Lunatic asylums in Bengal annual reports 1888-1898 - 1888-1898
Year: 1888
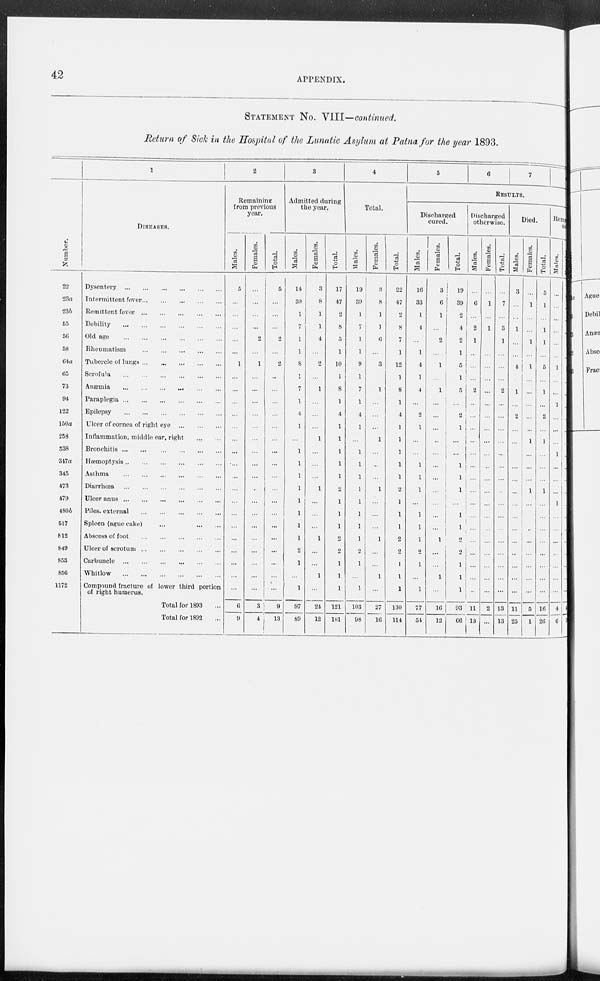
42
APPENDIX.
STATEMENT No. VIII—continued.
Return of Sick in the Hospital of the Lunatic Asylum at Patna for the year 1893.
Number.
22
23a
23b
55
56
58
64a
65
73
94
122
150a
258
338
317a
345
473
479
480b
517
812
849
853
856
1172
1
DISEASES.
Dysentery
...
...
...
...
...
...
Intermittent fever ... ... ... ... ...
Remittent fever
...
...
...
...
...
Debility
...
...
...
...
...
...
Old age
...
...
...
...
...
...
Rheumatism
...
...
...
...
...
Tubercle of lungs ... ... ... ... ...
Scrofula
...
...
...
...
...
...
Anæmia ... ... ... ... ... ...
Paraplegia
...
...
...
...
...
...
Epilepsy
...
...
...
...
...
...
Ulcer of cornea of right eye
...
...
...
Inflammation, middle ear, right
...
...
Bronchitis ... ... ... ... ... ...
Hæmoptysis
...
...
...
...
...
...
Asthma
...
...
...
...
...
...
Diarrhœa
...
...
...
...
...
...
Ulcer anus
...
...
...
...
...
...
Piles. external
...
...
...
...
...
Spleen (ague cake)
...
...
...
...
Abscess of foot
...
...
...
...
...
Ulcer of scrotum
...
...
...
...
...
Carbuncle
...
...
...
...
...
...
Whitlow
...
...
...
...
...
...
Compound fracture of lower third portion
of right humerus.
Total for 1893 ...
Total for 1892 ...
2
Remaining
from previous
year.
Males.
5
...
...
...
...
...
1
...
...
...
...
...
...
...
...
...
...
...
...
...
...
...
...
...
...
6
9
Females.
...
...
...
...
2
...
1
...
...
...
...
...
...
...
...
...
...
...
...
...
...
...
...
...
...
3
4
Total.
5
...
...
...
2
...
2
...
...
...
...
...
...
...
...
...
...
...
...
...
...
...
...
...
...
9
13
3
Admitted during
the year.
Males.
14
39
1
7
1
1
8
1
7
1
4
1
...
1
1
1
1
1
1
1
1
2
1
...
1
97
89
Females.
3
8
1
1
4
...
2
...
1
...
...
...
1
...
...
...
1
...
...
...
1
...
...
1
...
24
12
Total.
17
47
2
8
5
1
10
1
8
1
4
1
1
1
1
1
2
1
1
1
2
2
1
1
1
121
101
4
Total.
Males.
19
39
1
7
1
1
9
1
7
1
4
1
...
1
1
1
1
1
1
1
1
2
1
...
1
103
98
Females.
3
8
1
1
6
...
3
...
1
...
...
...
1
...
...
...
1
...
...
...
1
...
...
1
...
27
16
Total.
22
47
2
8
7
1
12
1
8
1
4
1
1
1
1
1
2
1
1
1
2
2
1
1
1
130
114
5
6
7
RESULTS.
Discharged
cured.
Males.
16
33
1
4
...
1
4
1
4
2
1
...
...
1
1
1
...
1
1
1
2
1
...
1
77
54
Females.
3
6
1
...
2
...
1
...
1
...
...
...
...
...
...
...
...
...
...
...
1
...
...
1
...
16
12
Total.
19
39
2
4
2
1
5
1
5
...
2
1
...
...
1
1
1
...
1
1
2
2
1
1
1
93
66
Discharged
otherwise.
Males.
...
6
...
2
1
...
...
...
2
...
...
...
...
...
...
...
...
...
...
...
...
...
...
...
...
11
13
Females.
...
1
...
1
...
...
...
...
...
...
...
...
...
...
...
...
...
...
...
...
...
...
...
...
...
2
...
Total.
...
7
...
3
1
...
...
...
2
...
...
...
...
...
...
...
...
...
...
...
...
...
...
...
...
13
13
Died.
Males.
3
...
...
1
...
...
4
1
...
2
...
...
...
...
...
...
...
...
...
...
...
...
...
...
11
25
Females.
...
1
...
...
1
...
1
...
...
...
...
...
1
...
...
...
1
...
...
...
...
...
...
...
...
5
1
Total.
3
1
...
1
1
5
1
...
2
...
1
...
...
...
1
...
...
...
...
...
...
...
...
16
26
Remaining
Sick.
Males.
...
...
...
...
...
...
1
...
...
1
...
...
...
1
...
...
...
1
...
...
...
...
...
...
...
4
6